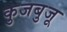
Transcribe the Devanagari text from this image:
कुजबुजू